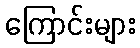
ကြောင်းများ